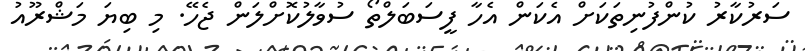
ސަރުކާރު ކުންފުނިތަކަށް އެކަން އެހާ ފީސަބަލްތޯ ސުވާލުކޮށްލަން ޖެހޭ. މި ބިޔަ މަޝްރޫއު